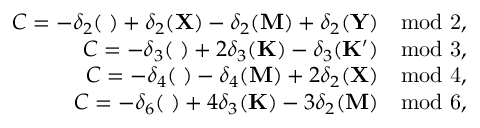
\begin{array} { r } { C = - \delta _ { 2 } ( { \bf \Gamma } ) + \delta _ { 2 } ( { \bf X } ) - \delta _ { 2 } ( { \bf M } ) + \delta _ { 2 } ( { \bf Y } ) \quad \mathrm { m o d ~ 2 } , } \\ { C = - \delta _ { 3 } ( { \bf \Gamma } ) + 2 \delta _ { 3 } ( { \bf K } ) - \delta _ { 3 } ( { \bf K ^ { \prime } } ) \quad \mathrm { m o d ~ 3 } , } \\ { C = - \delta _ { 4 } ( { \bf \Gamma } ) - \delta _ { 4 } ( { \bf M } ) + 2 \delta _ { 2 } ( { \bf X } ) \quad \mathrm { m o d ~ 4 } , } \\ { C = - \delta _ { 6 } ( { \bf \Gamma } ) + 4 \delta _ { 3 } ( { \bf K } ) - 3 \delta _ { 2 } ( { \bf M } ) \quad \mathrm { m o d ~ 6 } , } \end{array}